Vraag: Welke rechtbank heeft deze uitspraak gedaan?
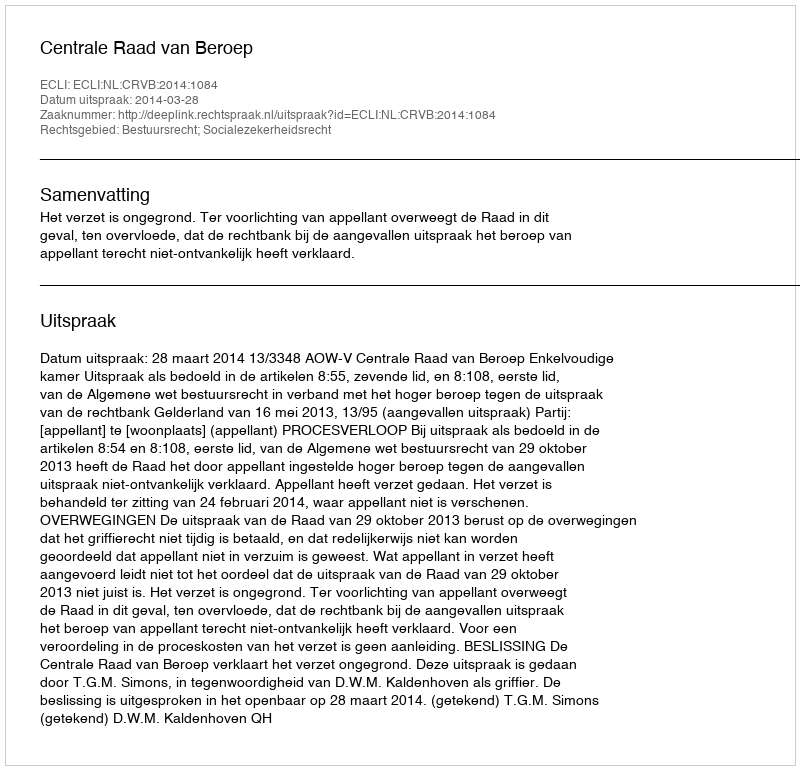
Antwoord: Centrale Raad van Beroep